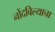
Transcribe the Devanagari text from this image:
नोंदविल्याचा